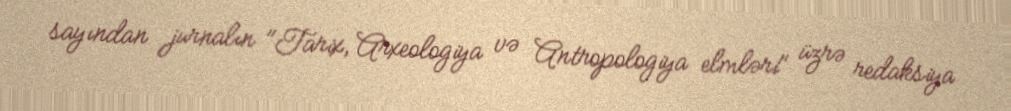
sayından jurnalın "Tarix, Arxeologiya və Antropologiya elmləri" üzrə redaksiya